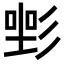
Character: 𢒡